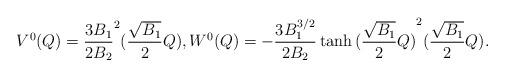
LaTeX: \begin{align*}V^{0}(Q)=\dfrac{3B_1}{2B_2} ^2 (\dfrac{ \sqrt{B_1}}{2}Q), W^{0}(Q)=-\dfrac{3B_1^{3/2}}{2B_2} \tanh{(\dfrac{\sqrt{B_1}}{2}Q)} ^2 (\dfrac{ \sqrt{B_1}}{2}Q).\end{align*}